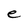
Character: e